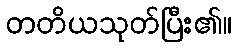
တတိယသုတ်ပြီး၏။